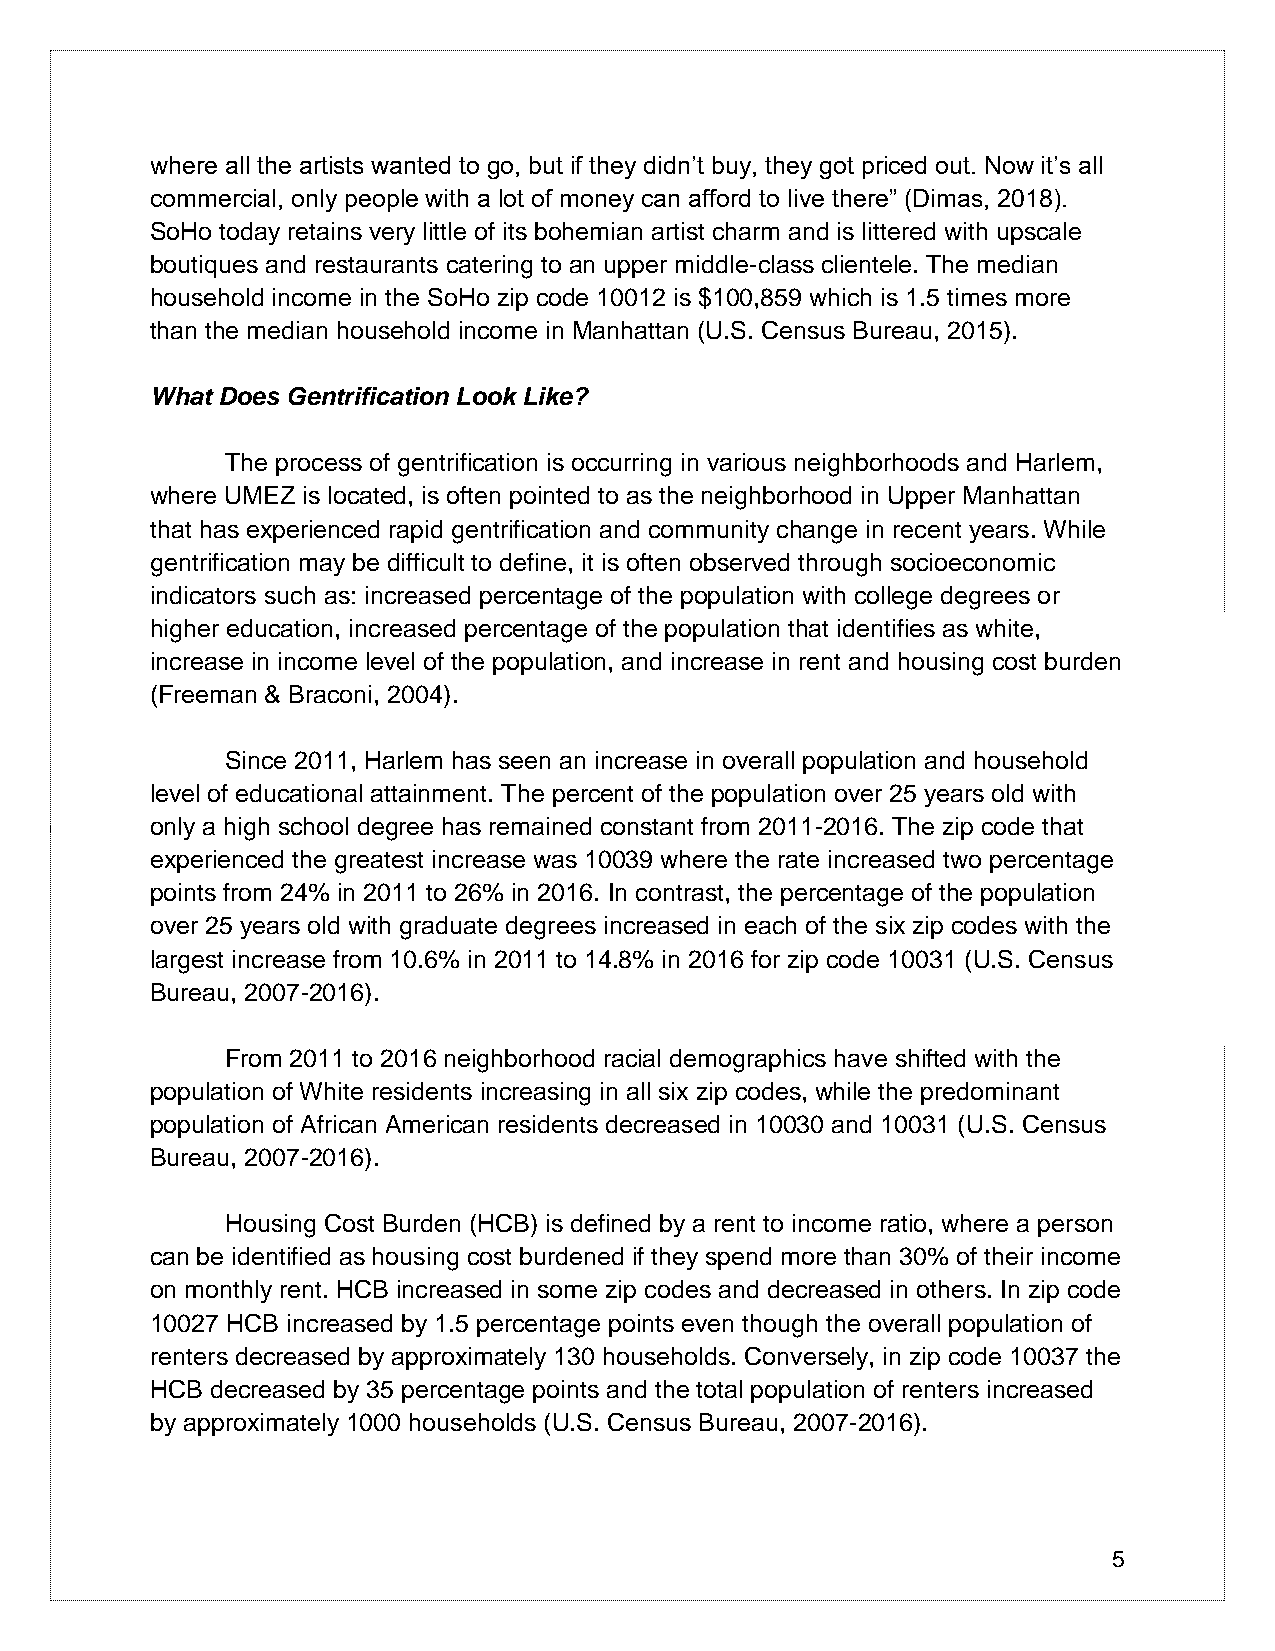
where all the artists wanted to go, but if they didn’t buy, they got priced out. Now it’s all
 commercial, only people with a lot of money can afford to live there” (Dimas, 2018).
 SoHo today retains very little of its bohemian artist charm and is littered with upscale
 boutiques and restaurants catering to an upper middle-class clientele. The median
 household income in the SoHo zip code 10012 is $100,859 which is 1.5 times more
 than the median household income in Manhattan (U.S. Census Bureau, 2015).
 What Does Gentrification Look Like?
 The process of gentrification is occurring in various neighborhoods and Harlem,
 where UMEZ is located, is often pointed to as the neighborhood in Upper Manhattan
 that has experienced rapid gentrification and community change in recent years. While
 gentrification may be difficult to define, it is often observed through socioeconomic
 indicators such as: increased percentage of the population with college degrees or
 higher education, increased percentage of the population that identifies as white,
 increase in income level of the population, and increase in rent and housing cost burden
 (Freeman & Braconi, 2004).
 Since 2011, Harlem has seen an increase in overall population and household
 level of educational attainment. The percent of the population over 25 years old with
 only a high school degree has remained constant from 2011-2016. The zip code that
 experienced the greatest increase was 10039 where the rate increased two percentage
 points from 24% in 2011 to 26% in 2016. In contrast, the percentage of the population
 over 25 years old with graduate degrees increased in each of the six zip codes with the
 largest increase from 10.6% in 2011 to 14.8% in 2016 for zip code 10031 (U.S. Census
 Bureau, 2007-2016).
 From 2011 to 2016 neighborhood racial demographics have shifted with the
 population of White residents increasing in all six zip codes, while the predominant
 population of African American residents decreased in 10030 and 10031 (U.S. Census
 Bureau, 2007-2016).
 Housing Cost Burden (HCB) is defined by a rent to income ratio, where a person
 can be identified as housing cost burdened if they spend more than 30% of their income
 on monthly rent. HCB increased in some zip codes and decreased in others. In zip code
 10027 HCB increased by 1.5 percentage points even though the overall population of
 renters decreased by approximately 130 households. Conversely, in zip code 10037 the
 HCB decreased by 35 percentage points and the total population of renters increased
 by approximately 1000 households (U.S. Census Bureau, 2007-2016).
 5